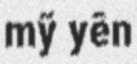
mỹ yên